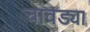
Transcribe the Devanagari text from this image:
चावड्या